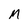
Character: M